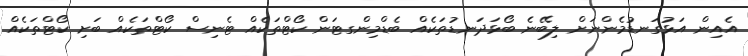
އެއިން އަޅުގަނޑުމެންނަށް ލިބޭނެ ބޯޅަދަނޑުތަކެއް ބެޑްމިންގޓަން ކޯޓްތަކެއް ޓެނިސް ކޯޓްތަކެއް ބަށި ކޯޓްތަކެއް